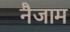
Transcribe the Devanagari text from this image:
नैजाम